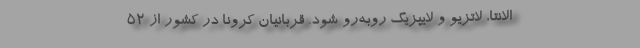
الانتا، لاتزیو و لایپزیگ روبه‌رو شود. قربانیان کرونا در کشور از ۵۲